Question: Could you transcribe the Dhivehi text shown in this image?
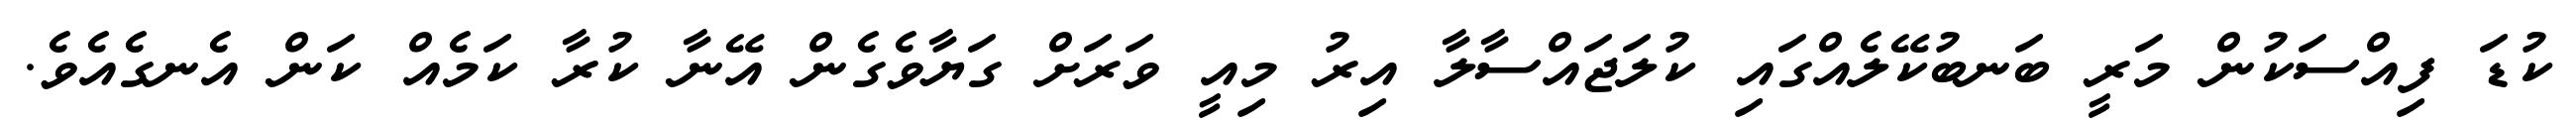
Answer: ކުޑަ ފިއްސަކުން މަރީ ބަނބުކޭލެއްގައި ކުލަޖައްސާލާ އިރު މިއީ ވަރަށް ގަޔާވެގެން އޭނާ ކުރާ ކަމެއް ކަން އެނގެއެވެ.